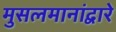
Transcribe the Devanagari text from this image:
मुसलमानांद्वारे